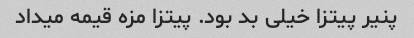
پنیر پیتزا خیلی بد بود. پیتزا مزه قیمه میداد